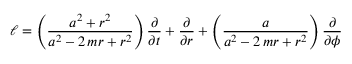
\ell = \left( \frac { a ^ { 2 } + r ^ { 2 } } { a ^ { 2 } - 2 \, m r + r ^ { 2 } } \right) \frac { \partial } { \partial t } + \frac { \partial } { \partial r } + \left( \frac { a } { a ^ { 2 } - 2 \, m r + r ^ { 2 } } \right) \frac { \partial } { \partial { \phi } }